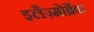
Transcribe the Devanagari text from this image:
इलैज़्मोब्रैंक